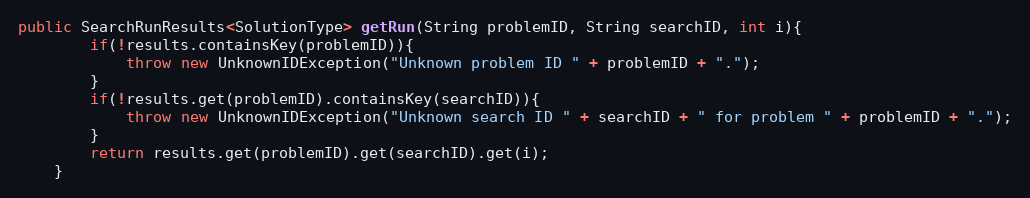
Language: Java
public SearchRunResults<SolutionType> getRun(String problemID, String searchID, int i){
        if(!results.containsKey(problemID)){
            throw new UnknownIDException("Unknown problem ID " + problemID + ".");
        }
        if(!results.get(problemID).containsKey(searchID)){
            throw new UnknownIDException("Unknown search ID " + searchID + " for problem " + problemID + ".");
        }
        return results.get(problemID).get(searchID).get(i);
    }